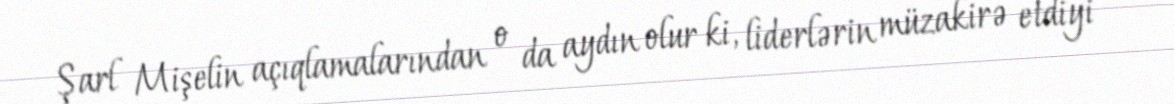
Şarl Mişelin açıqlamalarından o da aydın olur ki, liderlərin müzakirə etdiyi